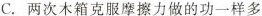
C.两次木箱克服摩擦力做的功一样多